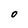
Character: O